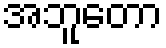
အဘူတော